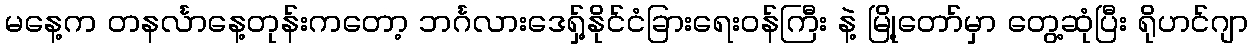
မနေ့က တနင်္လာနေ့တုန်းကတော့ ဘင်္ဂလားဒေရှ့်နိုင်ငံခြားရေးဝန်ကြီး နဲ့ မြို့တော်မှာ တွေ့ဆုံပြီး ရိုဟင်ဂျာ